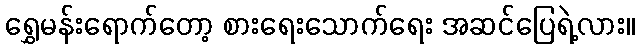
ရွှေမန်းရောက်တော့ စားရေးသောက်ရေး အဆင်ပြေရဲ့လား။